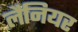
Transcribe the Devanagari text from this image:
लैनियर